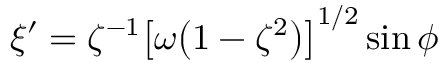
\xi ^ { \prime } = \zeta ^ { - 1 } \bigl [ \omega \bigl ( 1 - \zeta ^ { 2 } \bigr ) \bigr ] ^ { 1 / 2 } \sin \phi